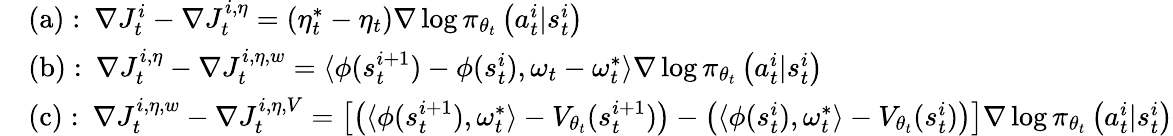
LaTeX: \begin{array}{rl}&{\mathrm{(a):}\ \ \nabla J_{t}^{i}-\nabla J_{t}^{i,\eta}=\left(\eta_{t}^{*}-\eta_{t}\right)\nabla\log\pi_{\theta_{t}}\left(a_{t}^{i}|s_{t}^{i}\right)}\\ &{\mathrm{(b):}\ \ \nabla J_{t}^{i,\eta}-\nabla J_{t}^{i,\eta,w}=\langle\phi(s_{t}^{i+1})-\phi(s_{t}^{i}),\omega_{t}-\omega_{t}^{*}\rangle\nabla\log\pi_{\theta_{t}}\left(a_{t}^{i}|s_{t}^{i}\right)}\\ &{\mathrm{(c):}\ \ \nabla J_{t}^{i,\eta,w}-\nabla J_{t}^{i,\eta,V}=\left[\left(\langle\phi(s_{t}^{i+1}),\omega_{t}^{*}\rangle-V_{\theta_{t}}(s_{t}^{i+1})\right)-\left(\langle\phi(s_{t}^{i}),\omega_{t}^{*}\rangle-V_{\theta_{t}}(s_{t}^{i})\right)\right]\nabla\log\pi_{\theta_{t}}\left(a_{t}^{i}|s_{t}^{i}\right)}\end{array}